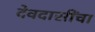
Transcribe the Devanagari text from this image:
देवदासींचा